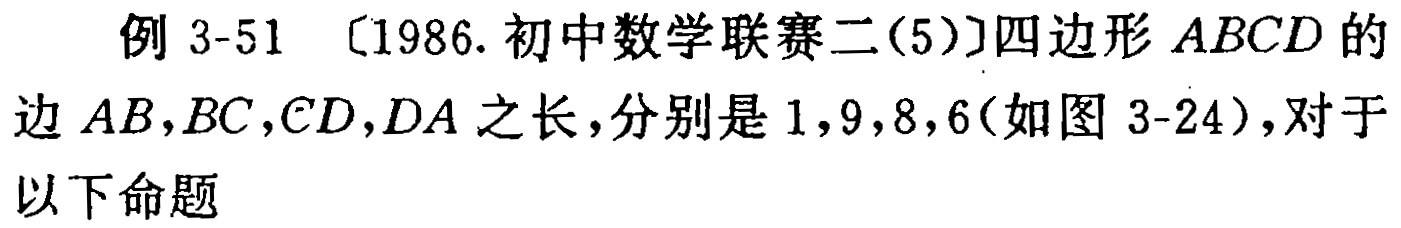
例 3-51 〔1986.初中数学联赛二(5)〕四边形 \(ABCD\) 的边 \(AB,BC,CD,DA\) 之长，分别是 \(1,9,8,6\)(如图 3-24)，对于以下命题